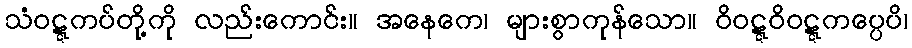
သံဝဋ္ဋကပ်တို့ကို လည်းကောင်း။ အနေကေ၊ များစွာကုန်သော။ ဝိဝဋ္ဋဝိဝဋ္ဋကပ္ပေပိ၊